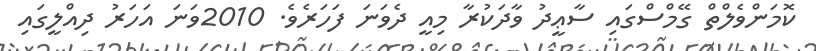
ކޮމަންވެލްތް ގޭމްސްގައި ސާޢީދު ވާދަކުރާ މިއީ ދެވަނަ ފަހަރެވެ. 2010ވަނަ އަހަރު ދިއްލީގައި